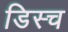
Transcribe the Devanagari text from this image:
डिस्च